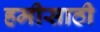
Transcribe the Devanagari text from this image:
हमीसाठी